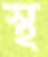
স্থ